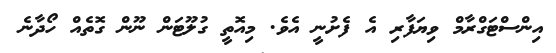
އިންސްޓަގްރާމް ވިޔަފާރި އެ ފެށުނީ އެވެ. މިއޮތީ ގުލޫޓަން ނޫން ގޮތެއް ހޯދާނެ